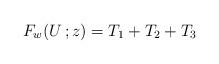
LaTeX: \begin{align*}F_{w}(U\,;z)=T_1+T_2+T_3\end{align*}